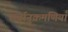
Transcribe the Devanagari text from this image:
सर्वानुक्रमणियाँ